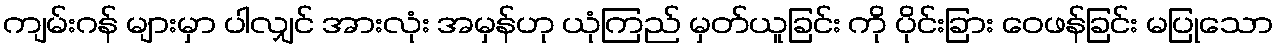
ကျမ်းဂန် များမှာ ပါလျှင် အားလုံး အမှန်ဟု ယုံကြည် မှတ်ယူခြင်း ကို ပိုင်းခြား ဝေဖန်ခြင်း မပြုသော